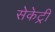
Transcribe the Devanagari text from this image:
सेकेट्री